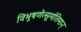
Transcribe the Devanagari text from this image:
विभूषणेत्सुर्मतिमान्